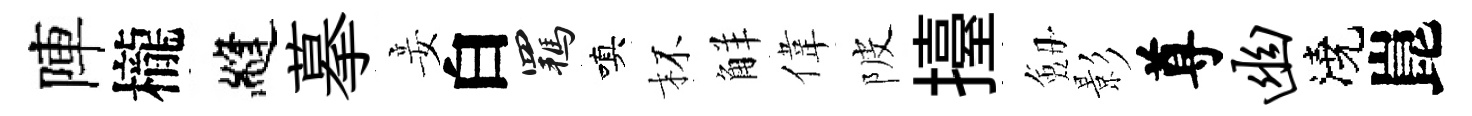
陣櫳縫摹妾白羈嗔杯觧偉陂擡劔影尊幽澆崑